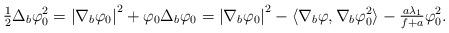
LaTeX: \begin{align*}\begin{array}[c]{c}\frac{1}{2}\Delta_{b}\varphi_{0}^{2}=\left\vert \nabla_{b}\varphi_{0}\right\vert ^{2}+\varphi_{0}\Delta_{b}\varphi_{0}=\left\vert \nabla_{b}\varphi_{0}\right\vert ^{2}-\left\langle \nabla_{b}\varphi,\nabla_{b}\varphi_{0}^{2}\right\rangle -\frac{a\lambda_{1}}{f+a}\varphi_{0}^{2}.\end{array}\end{align*}